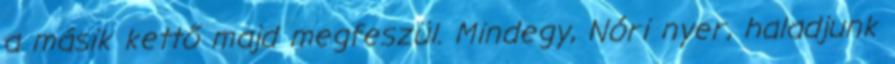
a másik kettő majd megfeszül. Mindegy, Nóri nyer, haladjunk